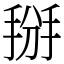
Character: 掰